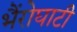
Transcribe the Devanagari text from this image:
भैंरोघाटी